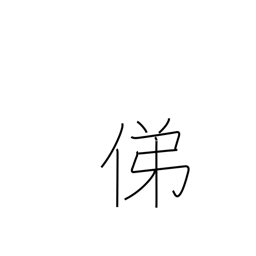
Meaning: trace